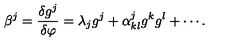
{ \beta ^ { j } } = { \frac { \delta { g ^ { j } } } { \delta \varphi } } = { \lambda _ { j } } { g ^ { j } } + { \alpha _ { k l } ^ { j } } { g ^ { k } } { g ^ { l } } + \cdots .